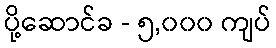
ပို့ဆောင်ခ - ၅,၀၀၀ ကျပ်